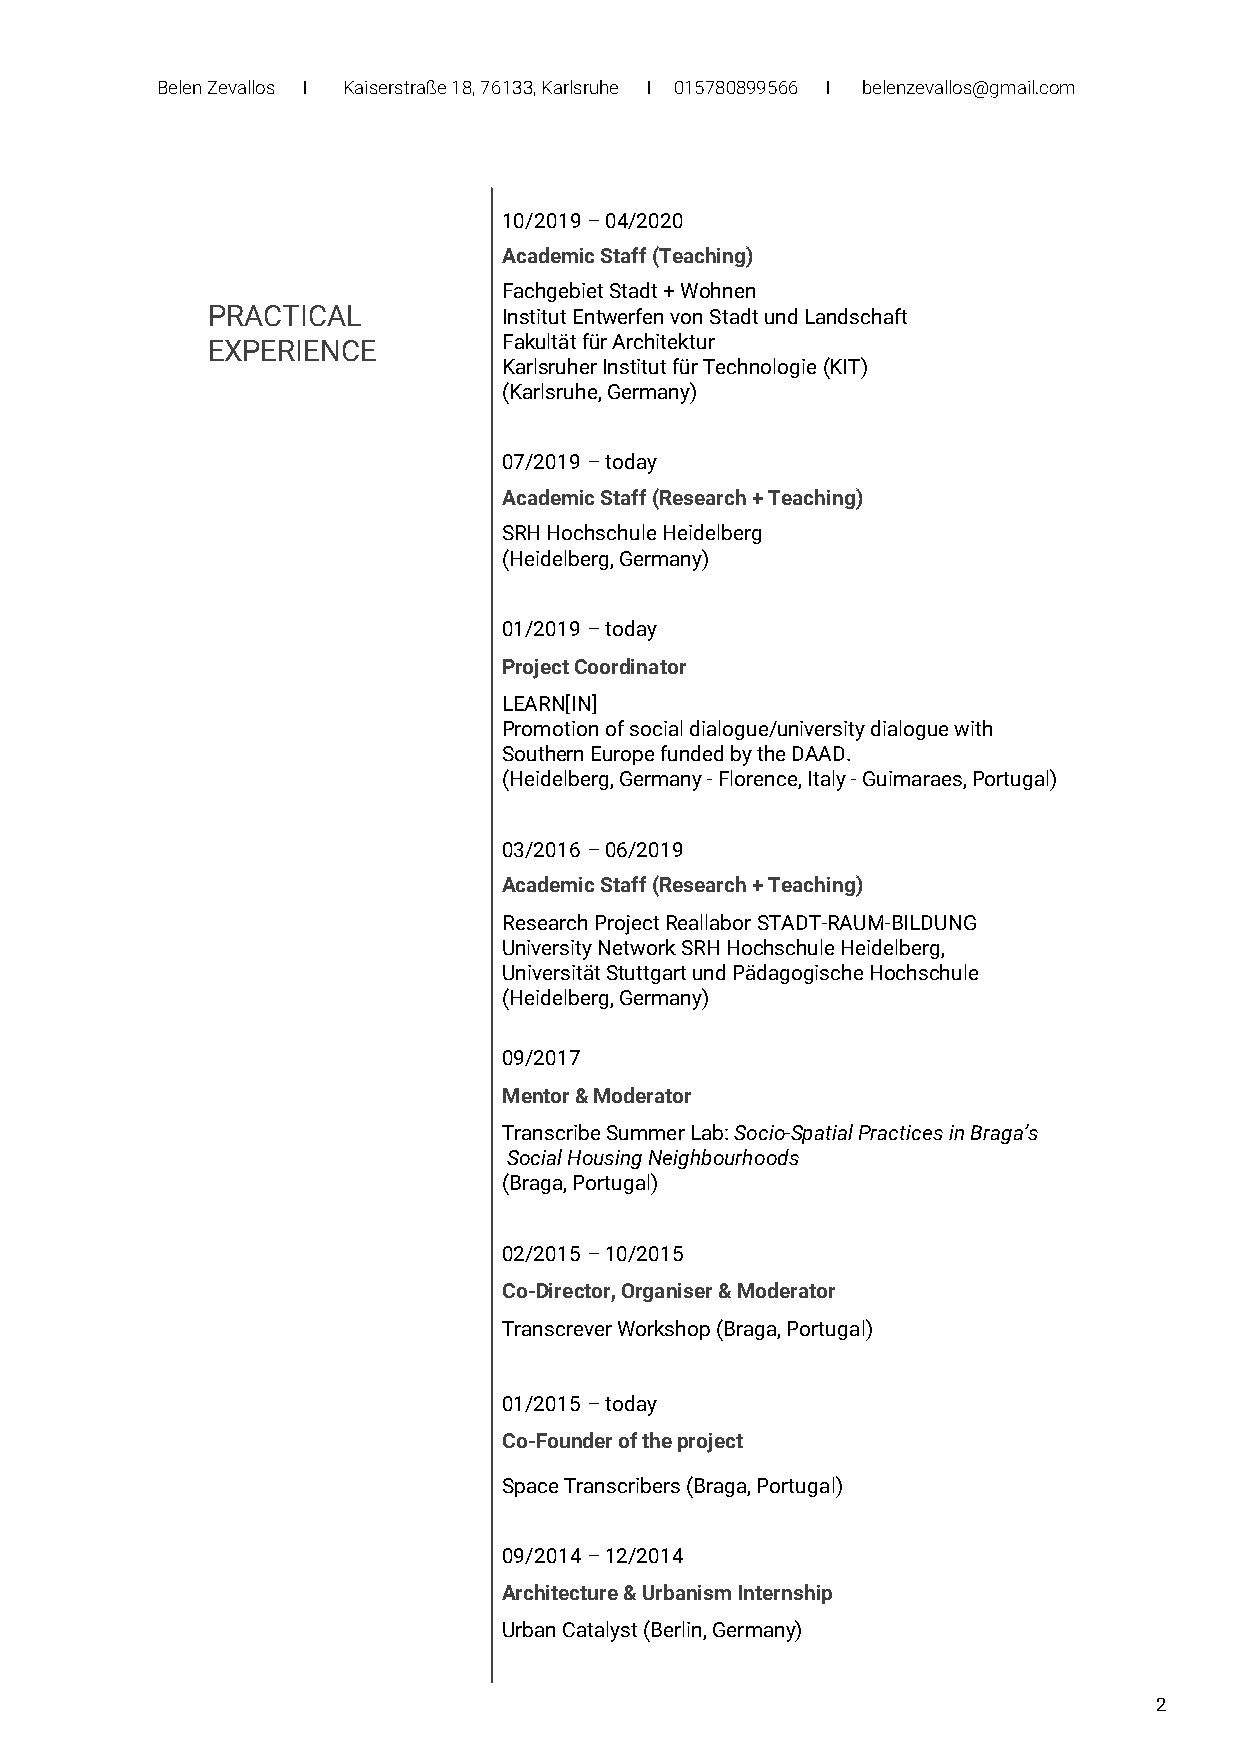
Belen Zevallos Ι Kaiserstraße 18, 76133, Karlsruhe Ι 015780899566 Ι belenzevallos@gmail.com
 10/2019 – 04/2020
 Academic Staff (Teaching)
 Fachgebiet Stadt + Wohnen
 PRACTICAL          Institut Entwerfen von Stadt und Landschaft
 Fakultät für Architektur
 EXPERIENCE
 Karlsruher Institut für Technologie (KIT)
 (Karlsruhe, Germany)
 07/2019 – today
 Academic Staff (Research + Teaching)
 SRH Hochschule Heidelberg
 (Heidelberg, Germany)
 01/2019 – today
 Project Coordinator
 LEARN[IN]
 Promotion of social dialogue/university dialogue with
 Southern Europe funded by the DAAD.
 (Heidelberg, Germany - Florence, Italy - Guimaraes, Portugal)
 03/2016 – 06/2019
 Academic Staff (Research + Teaching)
 Research Project Reallabor STADT-RAUM-BILDUNG
 University Network SRH Hochschule Heidelberg,
 Universität Stuttgart und Pädagogische Hochschule
 (Heidelberg, Germany)
 09/2017
 Mentor & Moderator
 Transcribe Summer Lab: Socio-Spatial Practices in Braga’s
 Social Housing Neighbourhoods
 (Braga, Portugal)
 02/2015 – 10/2015
 Co-Director, Organiser & Moderator
 Transcrever Workshop (Braga, Portugal)
 01/2015 – today
 Co-Founder of the project
 Space Transcribers (Braga, Portugal)
 09/2014 – 12/2014
 Architecture & Urbanism Internship
 Urban Catalyst (Berlin, Germany)
 2